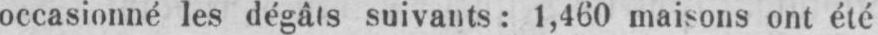
occasionné les dégâts suivants: 1,460 maisons ont été